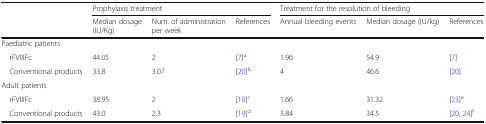
<table><thead><tr><td rowspan="2"></td><td colspan="3"><b>Prophylaxis treatment</b></td><td colspan="3"><b>Treatment for the resolution of bleeding</b></td></tr><tr><td><b>Median dosage (IU/Kg)</b></td><td><b>Num. of administration per week</b></td><td><b>References</b></td><td><b>Annual bleeding events</b></td><td><b>Median dosage (IU/kg)</b></td><td><b>References</b></td></tr></thead><tbody><tr><td colspan="7">Paediatric patients</td></tr><tr><td> rFVIIIFc</td><td>44.05</td><td>2</td><td>[7]<sup>a</sup></td><td>1.96</td><td>54.9</td><td>[7]</td></tr><tr><td> Conventional products</td><td>33.8</td><td>3.07</td><td>[20]<sup>b</sup></td><td>4</td><td>46.6</td><td>[20]</td></tr><tr><td colspan="7">Adult patients</td></tr><tr><td> rFVIIIFc</td><td>38.95</td><td>2</td><td>[10]<sup>c</sup></td><td>1.66</td><td>31.32</td><td>[23]<sup>e</sup></td></tr><tr><td> Conventional products</td><td>43.0</td><td>2.3</td><td>[19]<sup>d</sup></td><td>3.84</td><td>34.5</td><td>[20, 24]<sup>f</sup></td></tr></tbody></table>